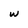
Character: w